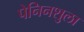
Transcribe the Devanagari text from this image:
पेनिनशुला